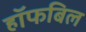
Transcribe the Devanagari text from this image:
हॉफबिल